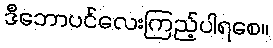
ဒီဘောပင်လေးကြည့်ပါရစေ။